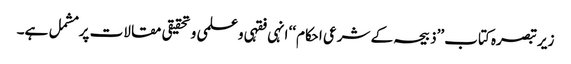
زیر تبصرہ کتاب ’’ذبیحہ کے شرعی احکام‘‘ انہی فقہی وعلمی و تحقیقی مقالات پر مشمل ہے۔